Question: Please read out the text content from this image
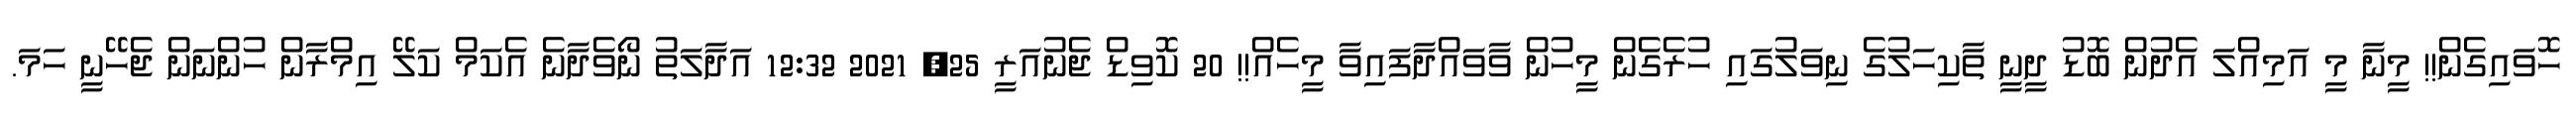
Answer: ހޮވައިގެން!! މީނާ މީ އަމިއްލަ އެދުން ބޮޑު ދީނީ ތާކިހަލުގެ ނިވަލުގައި ހުރެގެން މީހުން ވާވައްދާފައިވާ މީހެއް!! 20 ކޮވިޑް ޖެނުއަރީ 25, 2021 12:32 އަދާލަތު ނޯވެދާނެ އެކަމް ކަލޭ އިމްރާން ހުންނަން ޖެހޭނީ ހަމަ.